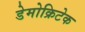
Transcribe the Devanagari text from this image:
डेमोक्रिटेक